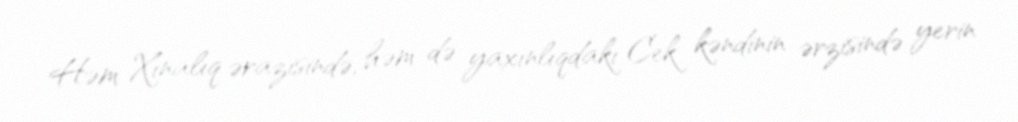
Həm Xınalıq ərazisində, həm də yaxınlıqdakı Cek kəndinin ərzisində yerin